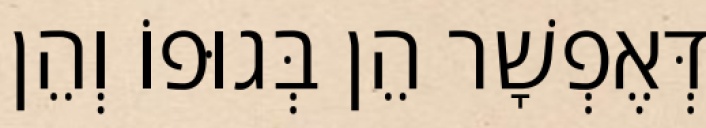
דְּאֶפְשָׁר הֵן בְּגוּפוֹ וְהֵן